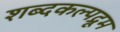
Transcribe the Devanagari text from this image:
शब्दकल्पद्रूम